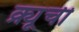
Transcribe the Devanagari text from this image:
क्र्यूची